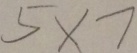
5 \times 7